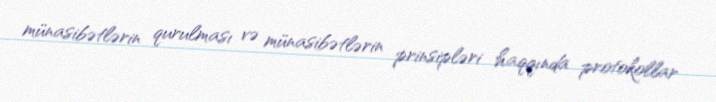
münasibətlərin qurulması və münasibətlərin prinsipləri haqqında protokollar